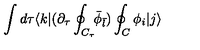
\int d \tau \langle k | ( \partial _ { \tau } \oint _ { C _ { \tau } } \! \! { \bar { \phi } } _ { \bar { l } } ) \oint _ { C } \phi _ { i } | j \rangle